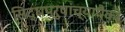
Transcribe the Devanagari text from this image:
सिद्धपुरुषांच्यापैकी